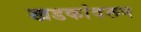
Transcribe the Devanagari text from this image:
खडकांवरून